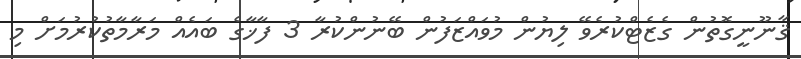
ޤާނޫނީގޮތުން ގެޒެޓްކުރެވޭ ލިޔުން މުވައްޒަފުން ބޭނުންކުރާ 3 ފާޚާގެ ބައެއް މަރާމާތުކުރުމަށް މި